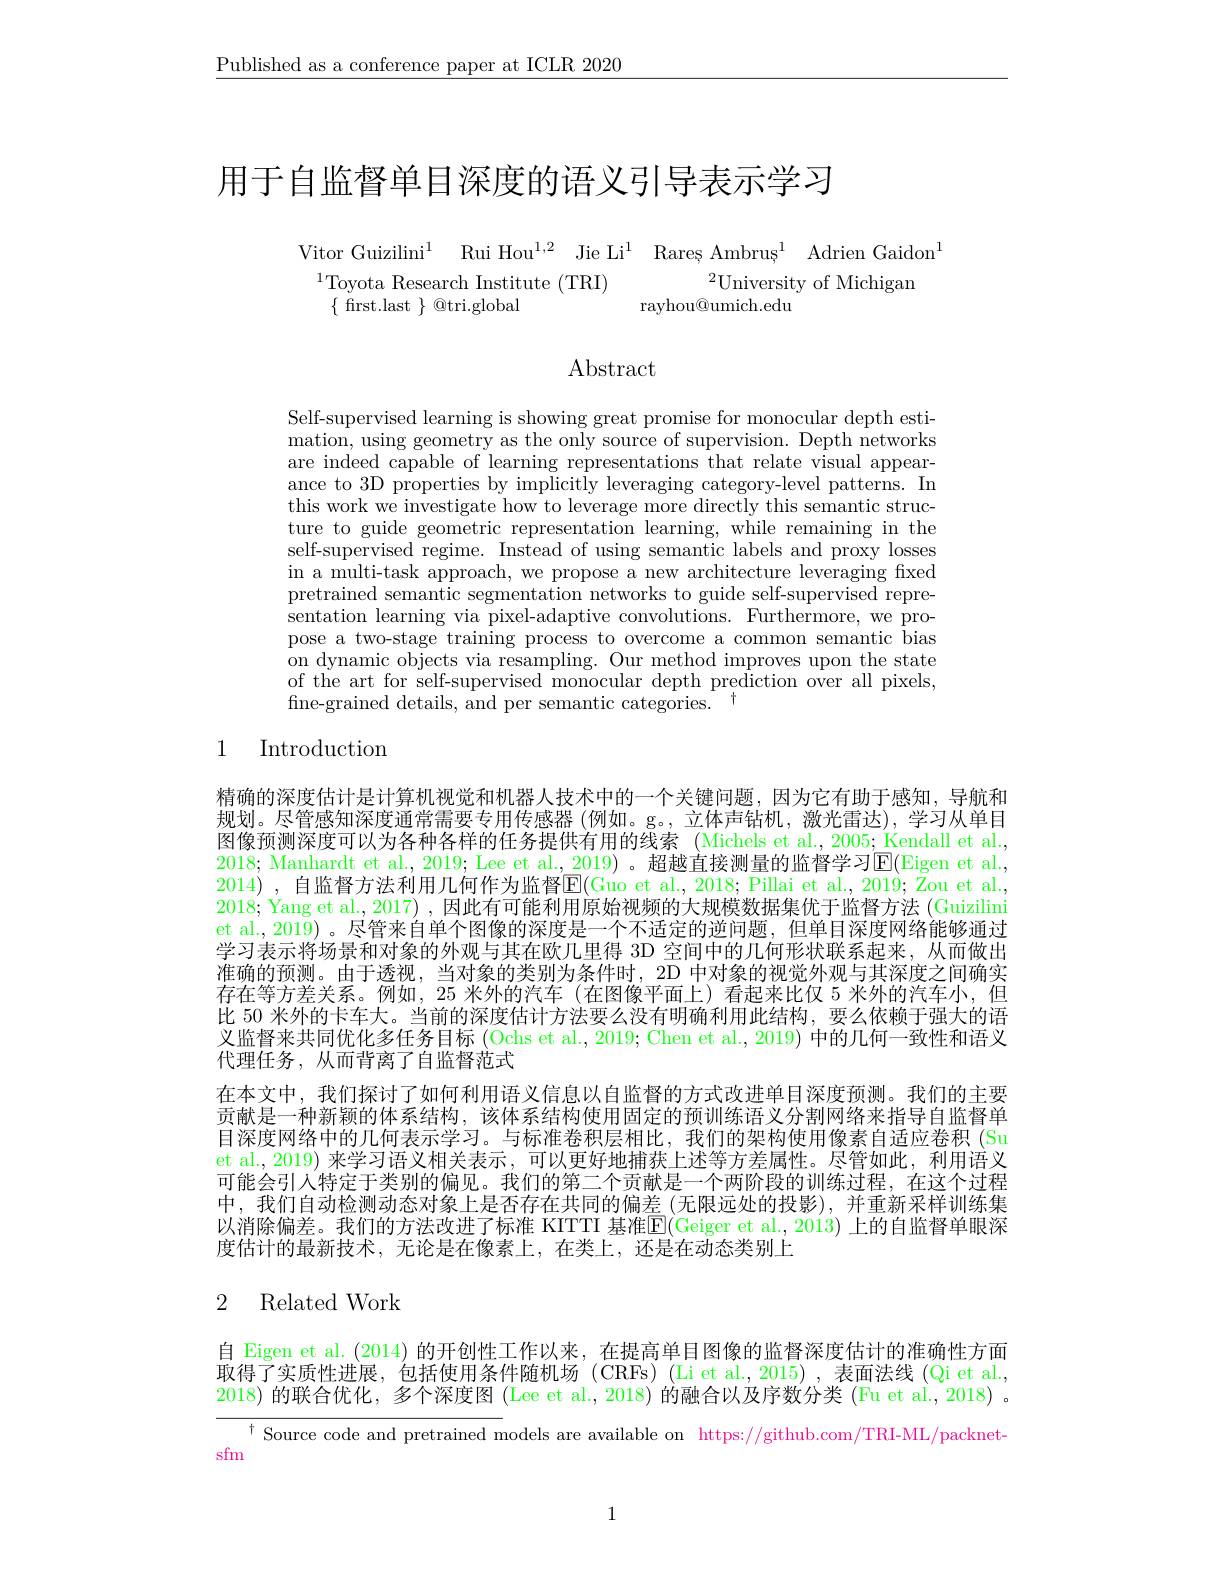
$\underline{\text{Published as a conference paper at ICLR 2020}}$

用于自监督单目深度的语义引导表示学习

Vitor Guizilini$^{1}$ Rui Hou$^{1,2}$ Jie Li$^{1}$ Rareș Ambruș$^{1}$ Adrien Gaidon$^{1}$
$^{1}$Toyota Research Institute (TRI)
$^2$University of Michigan
$\{$ frst.last $\}$ @tri.global
rayhou@umich.edu

Abstract

Self-supervised learning is showing great promise for monocular depth estimation, using geometry as the only source of supervision. Depth networks are indeed capable of learning representations that relate visual appearance to 3D properties by implicitly leveraging category-level patterns. In this work we investigate how to leverage more directly this semantic structure to guide geometric representation learning, while remaining in the self-supervised regime. Instead of using semantic labels and proxy losses in a multi-task approach, we propose a new architecture leveraging fixed pretrained semantic segmentation networks to guide self-supervised representation learning via pixel-adaptive convolutions. Furthermore, we propose a two-stage training process to overcome a common semantic bias on dynamic objects via resampling. Our method improves upon the state of the art for self-supervised monocular depth prediction over all pixels, fine-grained details, and per semantic categories. $^{\dagger}$

## 1 Introduction

精确的深度估计是计算机视觉和机器人技术中的一个关键问题，因为它有助于感知，导航和规划。尽管感知深度通常需要专用传感器 (例如。g。,立体声钻机，激光雷达),学习从单目图像预测深度可以为各种各样的任务提供有用的线索 (Michels et al., 2005; Kendall et al., 2018; Manhardt et al., 2019; Lee et al., 2019) 。超越直接测量的监督学习$\overline{\mathrm{E}}($Eigen et al., 2014) , 自监督方法利用几何作为监督$\mathbb{E}(\overset{.}{\operatorname*{Guo~et~al.,~2018;~Pillai~et~al.,~2019;~Zou~et~al.,~}}$ 2018; Yang et al., 2017) , 因此有可能利用原始视频的大规模数据集优于监督方法 (Guizilini et al., 2019) 。尽管来自单个图像的深度是一个不适定的逆问题，但单目深度网络能够通过学习表示将场景和对象的外观与其在欧几里得 3D 空间中的几何形状联系起来，从而做出准确的预测。由于透视，当对象的类别为条件时，2D 中对象的视觉外观与其深度之间确实存在等方差关系。例如，25 米外的汽车(在图像平面上)看起来比仅 5 米外的汽车小，但比 50 米外的卡车大。当前的深度估计方法要么没有明确利用此结构，要么依赖于强大的语义监督来共同优化多任务目标(Ochs et al., 2019; Chen et al., 2019) 中的几何一致性和语义代理任务，从而背离了自监督范式
在本文中，我们探讨了如何利用语义信息以自监督的方式改进单目深度预测。我们的主要贡献是一种新颖的体系结构，该体系结构使用固定的预训练语义分割网络来指导自监督单目深度网络中的几何表示学习。与标准卷积层相比，我们的架构使用像素自适应卷积 (Su et al., 2019) 来学习语义相关表示，可以更好地捕获上述等方差属性。尽管如此，利用语义可能会引入特定于类别的偏见。我们的第二个贡献是一个两阶段的训练过程，在这个过程中，我们自动检测动态对象上是否存在共同的偏差(无限远处的投影),并重新采样训练集以消除偏差。我们的方法改进了标准 KITTI 基准$\overline{\mathbb{E}}($Geiger et al., 2013) 上的自监督单眼深度估计的最新技术，无论是在像素上，在类上，还是在动态类别上

## 2 Related Work

自 Eigen et al. (2014)的开创性工作以来，在提高单目图像的监督深度估计的准确性方面取得了实质性进展，包括使用条件随机场 (CRFs) (Li et al.,2015),表面法线 (Qi et al., 2018) 的联合优化，多个深度图(Lee et al., 2018) 的融合以及序数分类 (Fu et al., 2018) 。

$^{\dagger}$ Source code and pretrained models are available on https://github.com/TRI-ML/packnet-

sfm

1